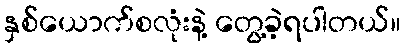
နှစ်ယောက်စလုံးနဲ့ တွေ့ခဲ့ရပါတယ်။